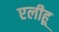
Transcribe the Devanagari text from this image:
एलीहू